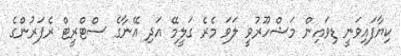
ކިޔާފައިވަނީ ޑިވައިން މަޝްހޫރުވީ ލަވަ މެރެ ގަލީމޭ އަދި އޭނާގެ ސްޓްރީޓް ރެޕަރުންގެ